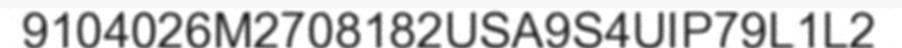
9104026M2708182USA9S4UIP79L1L2